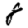
Digit: 8